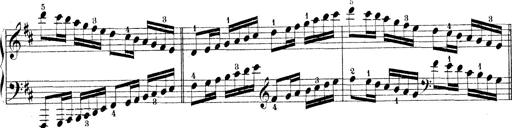
Title: Technische Studien
Composer: Franz Liszt